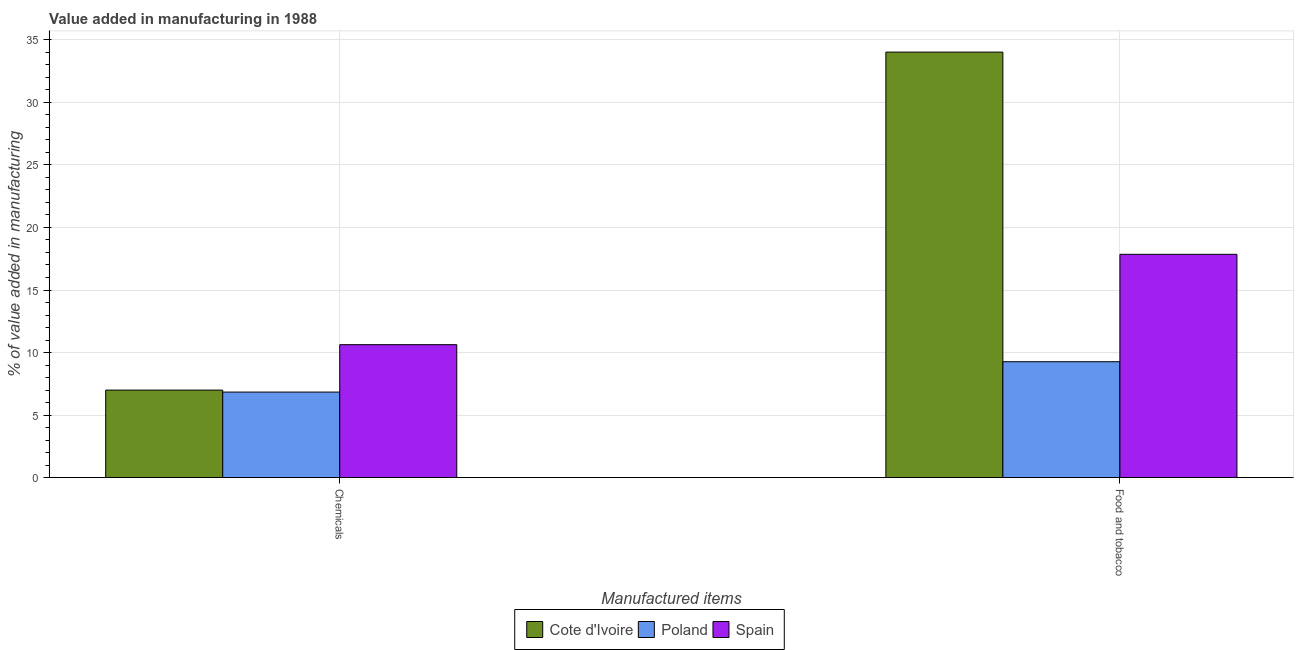
| Manufactured items | Cote d'Ivoire | Poland | Spain |
 | --- | --- | --- | --- |
 | Chemicals | 6.99 | 6.84 | 10.6 |
 | Food and tobacco | 34 | 9.26 | 17.9 |